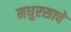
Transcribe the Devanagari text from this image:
मधुरसाचे